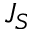
J _ { S }